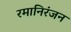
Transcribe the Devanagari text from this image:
रमानिरंजन